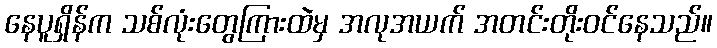
နေပူရှိန်က သစ်လုံးတွေကြားထဲမှ အလုအယက် အတင်းတိုးဝင်နေသည်။